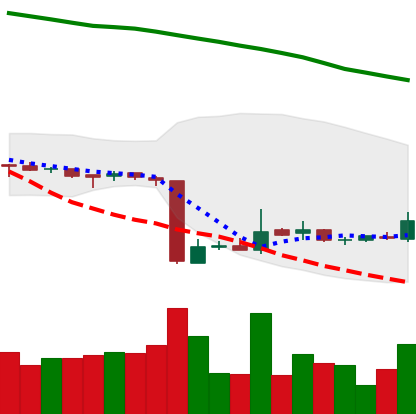
Ticker: ETC-USD
Chart end date: 2018-10-22
Forward return: -3.932%
Label: down_3_5